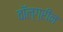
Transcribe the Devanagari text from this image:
वॉल्ग्रीन